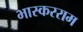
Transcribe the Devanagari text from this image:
भास्करराम